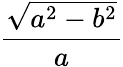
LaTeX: \frac{\sqrt{a^{2}-b^{2}}}{a}